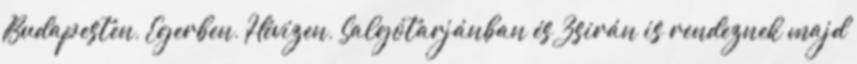
Budapesten, Egerben, Hévízen, Salgótarjánban és Zsirán is rendeznek majd